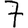
Digit: 7